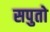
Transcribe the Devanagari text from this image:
सपुतो